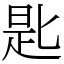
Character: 匙